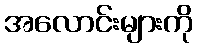
အလောင်းများကို